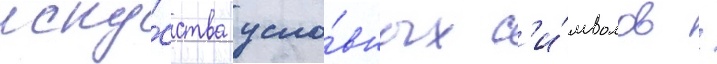
иску́сства усло́вных с'и́мволов /